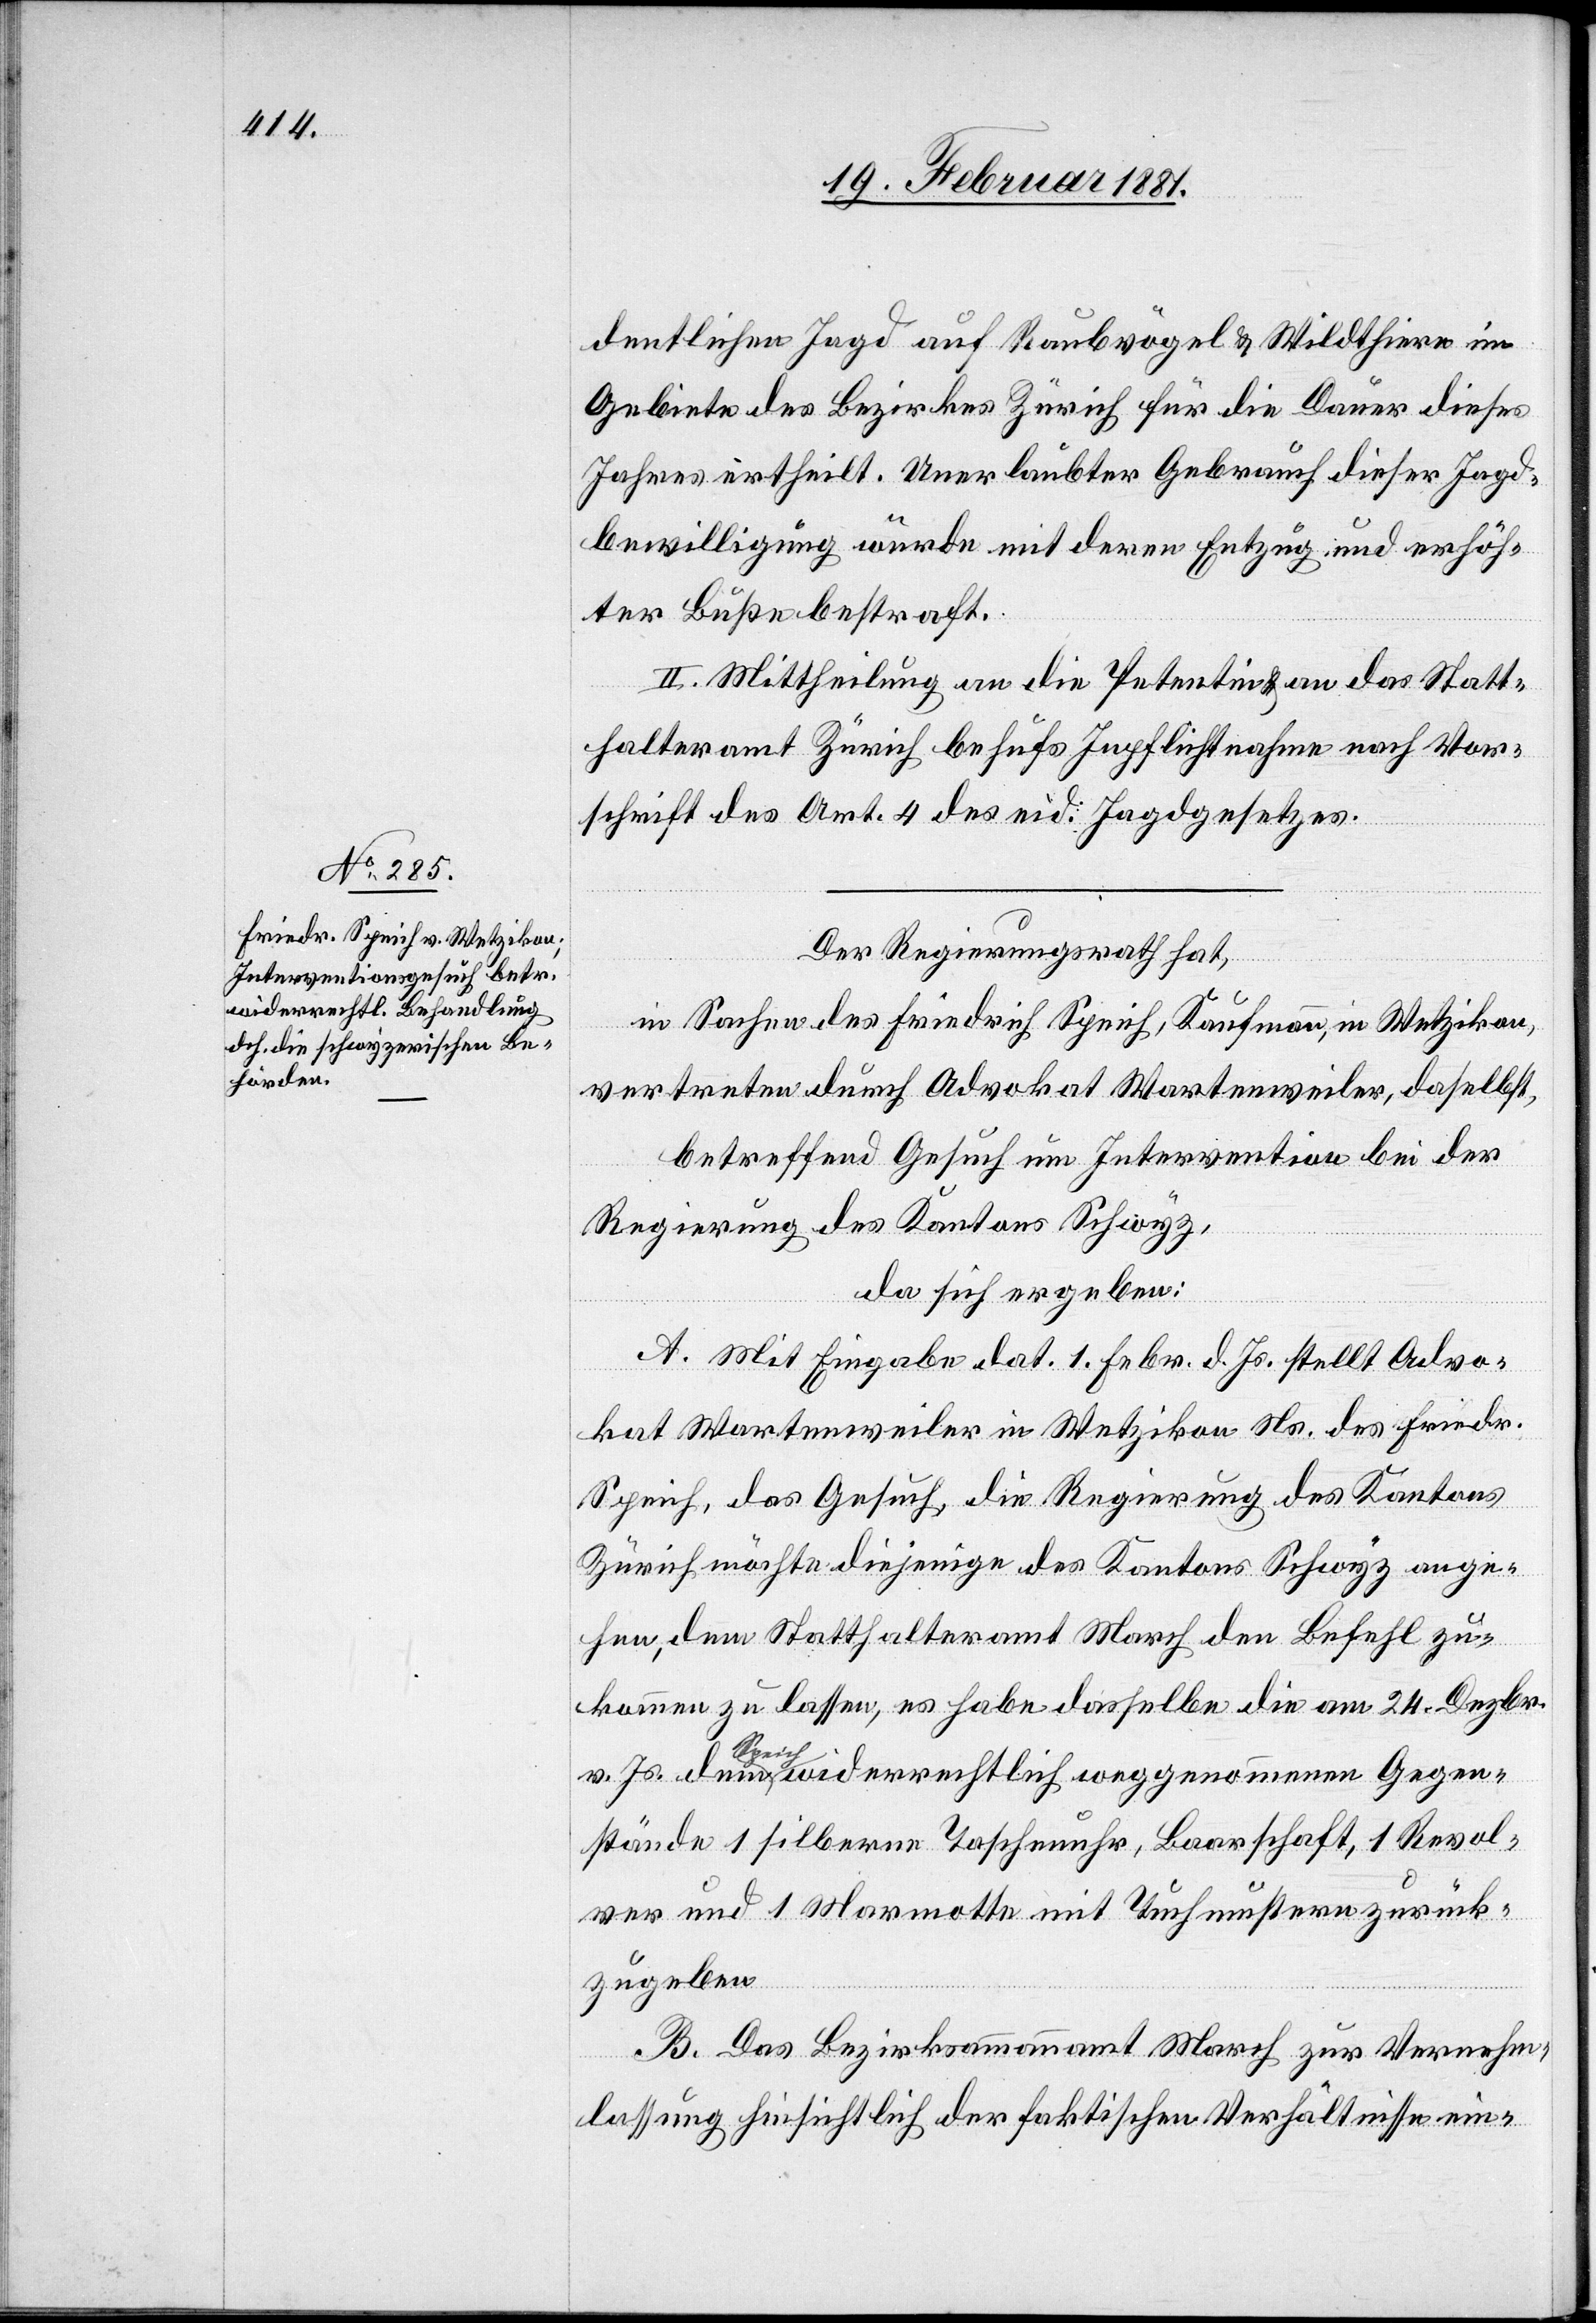
dentlichen Jagd auf Raubvögel & Wildthiere im
Gebiete des Bezirkes Zürich für die Dauer dieses
Jahres ertheilt. Unerlaubter Gebrauch dieser Jagd¬
bewilligung würde mit deren Entzug und erhöh¬
ter Buße bestraft.
II. Mittheilung an die Petentin das Statt¬
halteramt Zürich behufs Inpflichtnahme nach Vor¬
schrift des Art. 4 des eid. Jagdgesetzes.
Der Regierungsrath hat,
gierung
in Sachen des Friedrich Speich, Kaufmann, in Wetzikon,
vertreten durch Advokat Wartenweiler, daselbst,
betreffend Gesuch um Intervention bei der
Regierung des Kantons Schwyz,
da sich ergeben:
A. Mit Eingabe dat. 1. Febr. d. Js. stellt Advo¬
kat Wartenweiler in Wetzikon das Gesuch die Re¬
Zürich möchte diejenige des Kantons Schwyz ange¬
hen, dem Statthalteramt March den Befehl zu¬
Kantons
kommen zu lassen, es habe dasselbe die am 24. Dezbr.
v. Js. dem Speich widerrechtlich weggenommenen Gegen¬
stände 1 silberne Taschenuhr, Baarschaft, 1 Revol¬
ver und 1 Marmotte mit Tuchmustern zurück¬
zugeben.
B. Das Bezirksammannamt March zur Vernehm¬
lassung hinsichtlich der faktischen Verhältnisse ein-